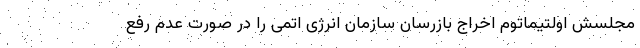
مجلسش اولتیماتوم اخراج بازرسان سازمان انرژی اتمی را در صورت عدم رفع